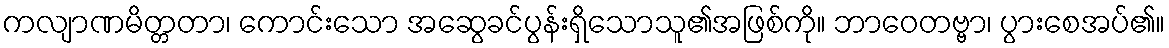
ကလျာဏမိတ္တတာ၊ ကောင်းသော အဆွေခင်ပွန်းရှိသောသူ၏အဖြစ်ကို။ ဘာဝေတဗ္ဗာ၊ ပွားစေအပ်၏။